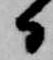
日